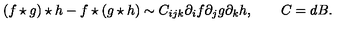
( f \star g ) \star h - f \star ( g \star h ) \sim C _ { i j k } \partial _ { i } f \partial _ { j } g \partial _ { k } h , \qquad C = d B .